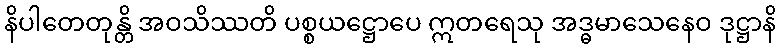
နိပါတေတုန္တိ အဝသိဿတိ ပစ္စယဋ္ဌောပေ ဣတရေသု အဒ္ဓမာသေနေဝ ဒုဋ္ဌာနိ